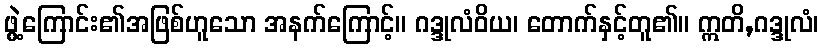
ဖွဲ့ကြောင်း၏အဖြစ်ဟူသော အနက်ကြောင့်။ ဂဒ္ဒုလံဝိယ၊ တောက်နှင့်တူ၏။ ဣတိ,ဂဒ္ဒုလံ၊